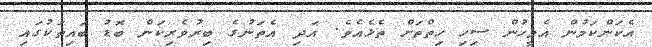
އެކަންކަމުން އެމީހުން ސިހި ހިތްތަށް ތެޅެއެވެ. އަދި އެތަނުގެ ބިރުވެރިކަން ބޮޑު ބައިތަކުގައި